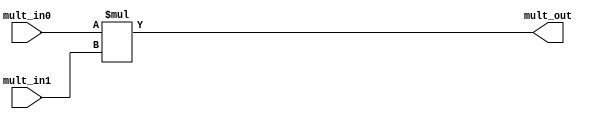
module Multiplier #(
    parameter DATA_WIDTH = 32
) (
    mult_in0,
    mult_in1,
    mult_out
);

input  [DATA_WIDTH-1:0] mult_in0;
input  [DATA_WIDTH-1:0] mult_in1;
output [DATA_WIDTH+DATA_WIDTH-1:0] mult_out;    // 192

assign mult_out = {{DATA_WIDTH{1'b0}},mult_in0} * {{DATA_WIDTH{1'b0}},mult_in1};
//assign mult_out = mult_in0 * mult_in1;

endmodule